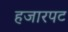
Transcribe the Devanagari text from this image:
हजारपट